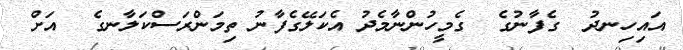
އައިހިނދު  ގެފާނުގެ  ގެމީހުންނާމެދު އެކަލޭގެފާނު ތިމަންރަސްކަލާނގެ  އަށް